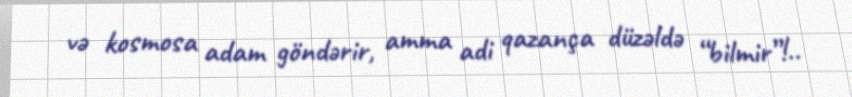
və kosmosa adam göndərir, amma adi qazança düzəldə “bilmir”!..